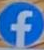
f